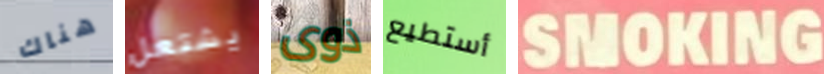
هناك يشتعل ذوى أستطيع SMOKING